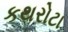
કથરોટા